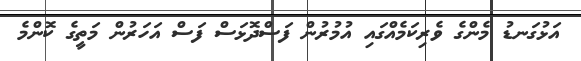
އަޅުގަނޑު މެންގެ ވެރިކަމެއްގައި އުމުރުން ފަސްދޮޅަސް ފަސް އަހަރުން މަތީގެ ކޮންމެ